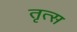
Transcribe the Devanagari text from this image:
तृत्स